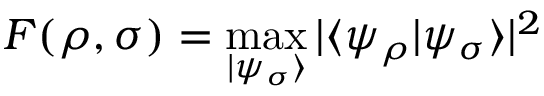
F ( \rho , \sigma ) = \operatorname* { m a x } _ { | \psi _ { \sigma } \rangle } | \langle \psi _ { \rho } | \psi _ { \sigma } \rangle | ^ { 2 }